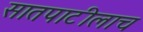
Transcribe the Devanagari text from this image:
सातपाटीलाच